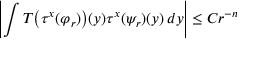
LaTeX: \left| \int T { \bigl ( } \tau ^ { x } ( \varphi _ { r } ) { \bigr ) } ( y ) \tau ^ { x } ( \psi _ { r } ) ( y ) \, d y \right| \leq C r ^ { - n }